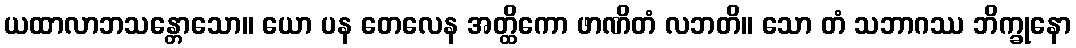
ယထာလာဘသန္တောသော။ ယော ပန တေလေန အတ္ထိကော ဖာဏိတံ လဘတိ။ သော တံ သဘာဂဿ ဘိက္ခုနော